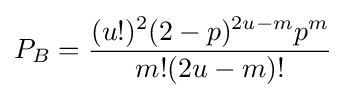
P_{B}={\frac {(u!)^{2}(2-p)^{2u-m}p^{m}}{m!(2u-m)!}}